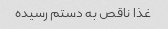
غذا ناقص به دستم رسیده